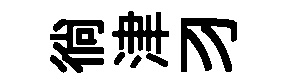
徜津习